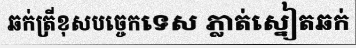
ឆក់ត្រីខុសបច្ចេកទេស ភ្លាត់ស្នៀតឆក់